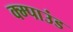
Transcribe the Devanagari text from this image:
क्म्पाउंड